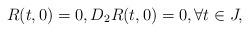
LaTeX: \begin{align*} R(t,0) = 0, D_2R(t,0) = 0, \forall t \in J,\end{align*}